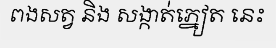
ពងសត្វ និង សង្កាត់ភ្នៀត នេះ